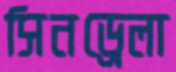
সিনড্রেলা